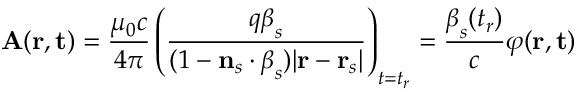
\mathbf { A } ( \mathbf { r } , \mathbf { t } ) = { \frac { \mu _ { 0 } c } { 4 \pi } } \left( { \frac { q { \boldsymbol { \beta } } _ { s } } { ( 1 - \mathbf { n } _ { s } \cdot { \boldsymbol { \beta } } _ { s } ) | \mathbf { r } - \mathbf { r } _ { s } | } } \right) _ { t = t _ { r } } = { \frac { { \boldsymbol { \beta } } _ { s } ( t _ { r } ) } { c } } \varphi ( \mathbf { r } , \mathbf { t } )